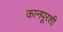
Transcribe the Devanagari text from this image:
कानपूरशी